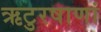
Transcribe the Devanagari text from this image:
ऋटुरषाणां